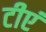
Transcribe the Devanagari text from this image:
टीएं